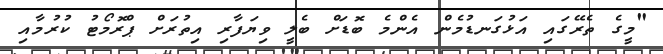
"މީގެ ތެރޭގައި އަޅުގަނޑުމެން އެންމެ ބޮޑަށް ބެލީ ވިޔަފާރި އިތުރަށް ޕްރޮމޯޓު ކުރުމާއި